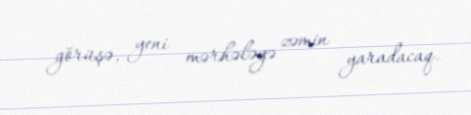
görüşə, yeni mərhələyə zəmin yaradacaq.